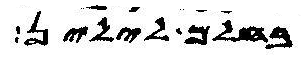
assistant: בחלם לילין